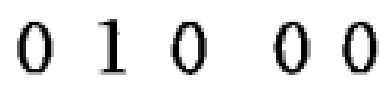
0 1 0 0 0